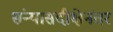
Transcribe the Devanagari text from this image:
संन्यासदीक्षेनंतर